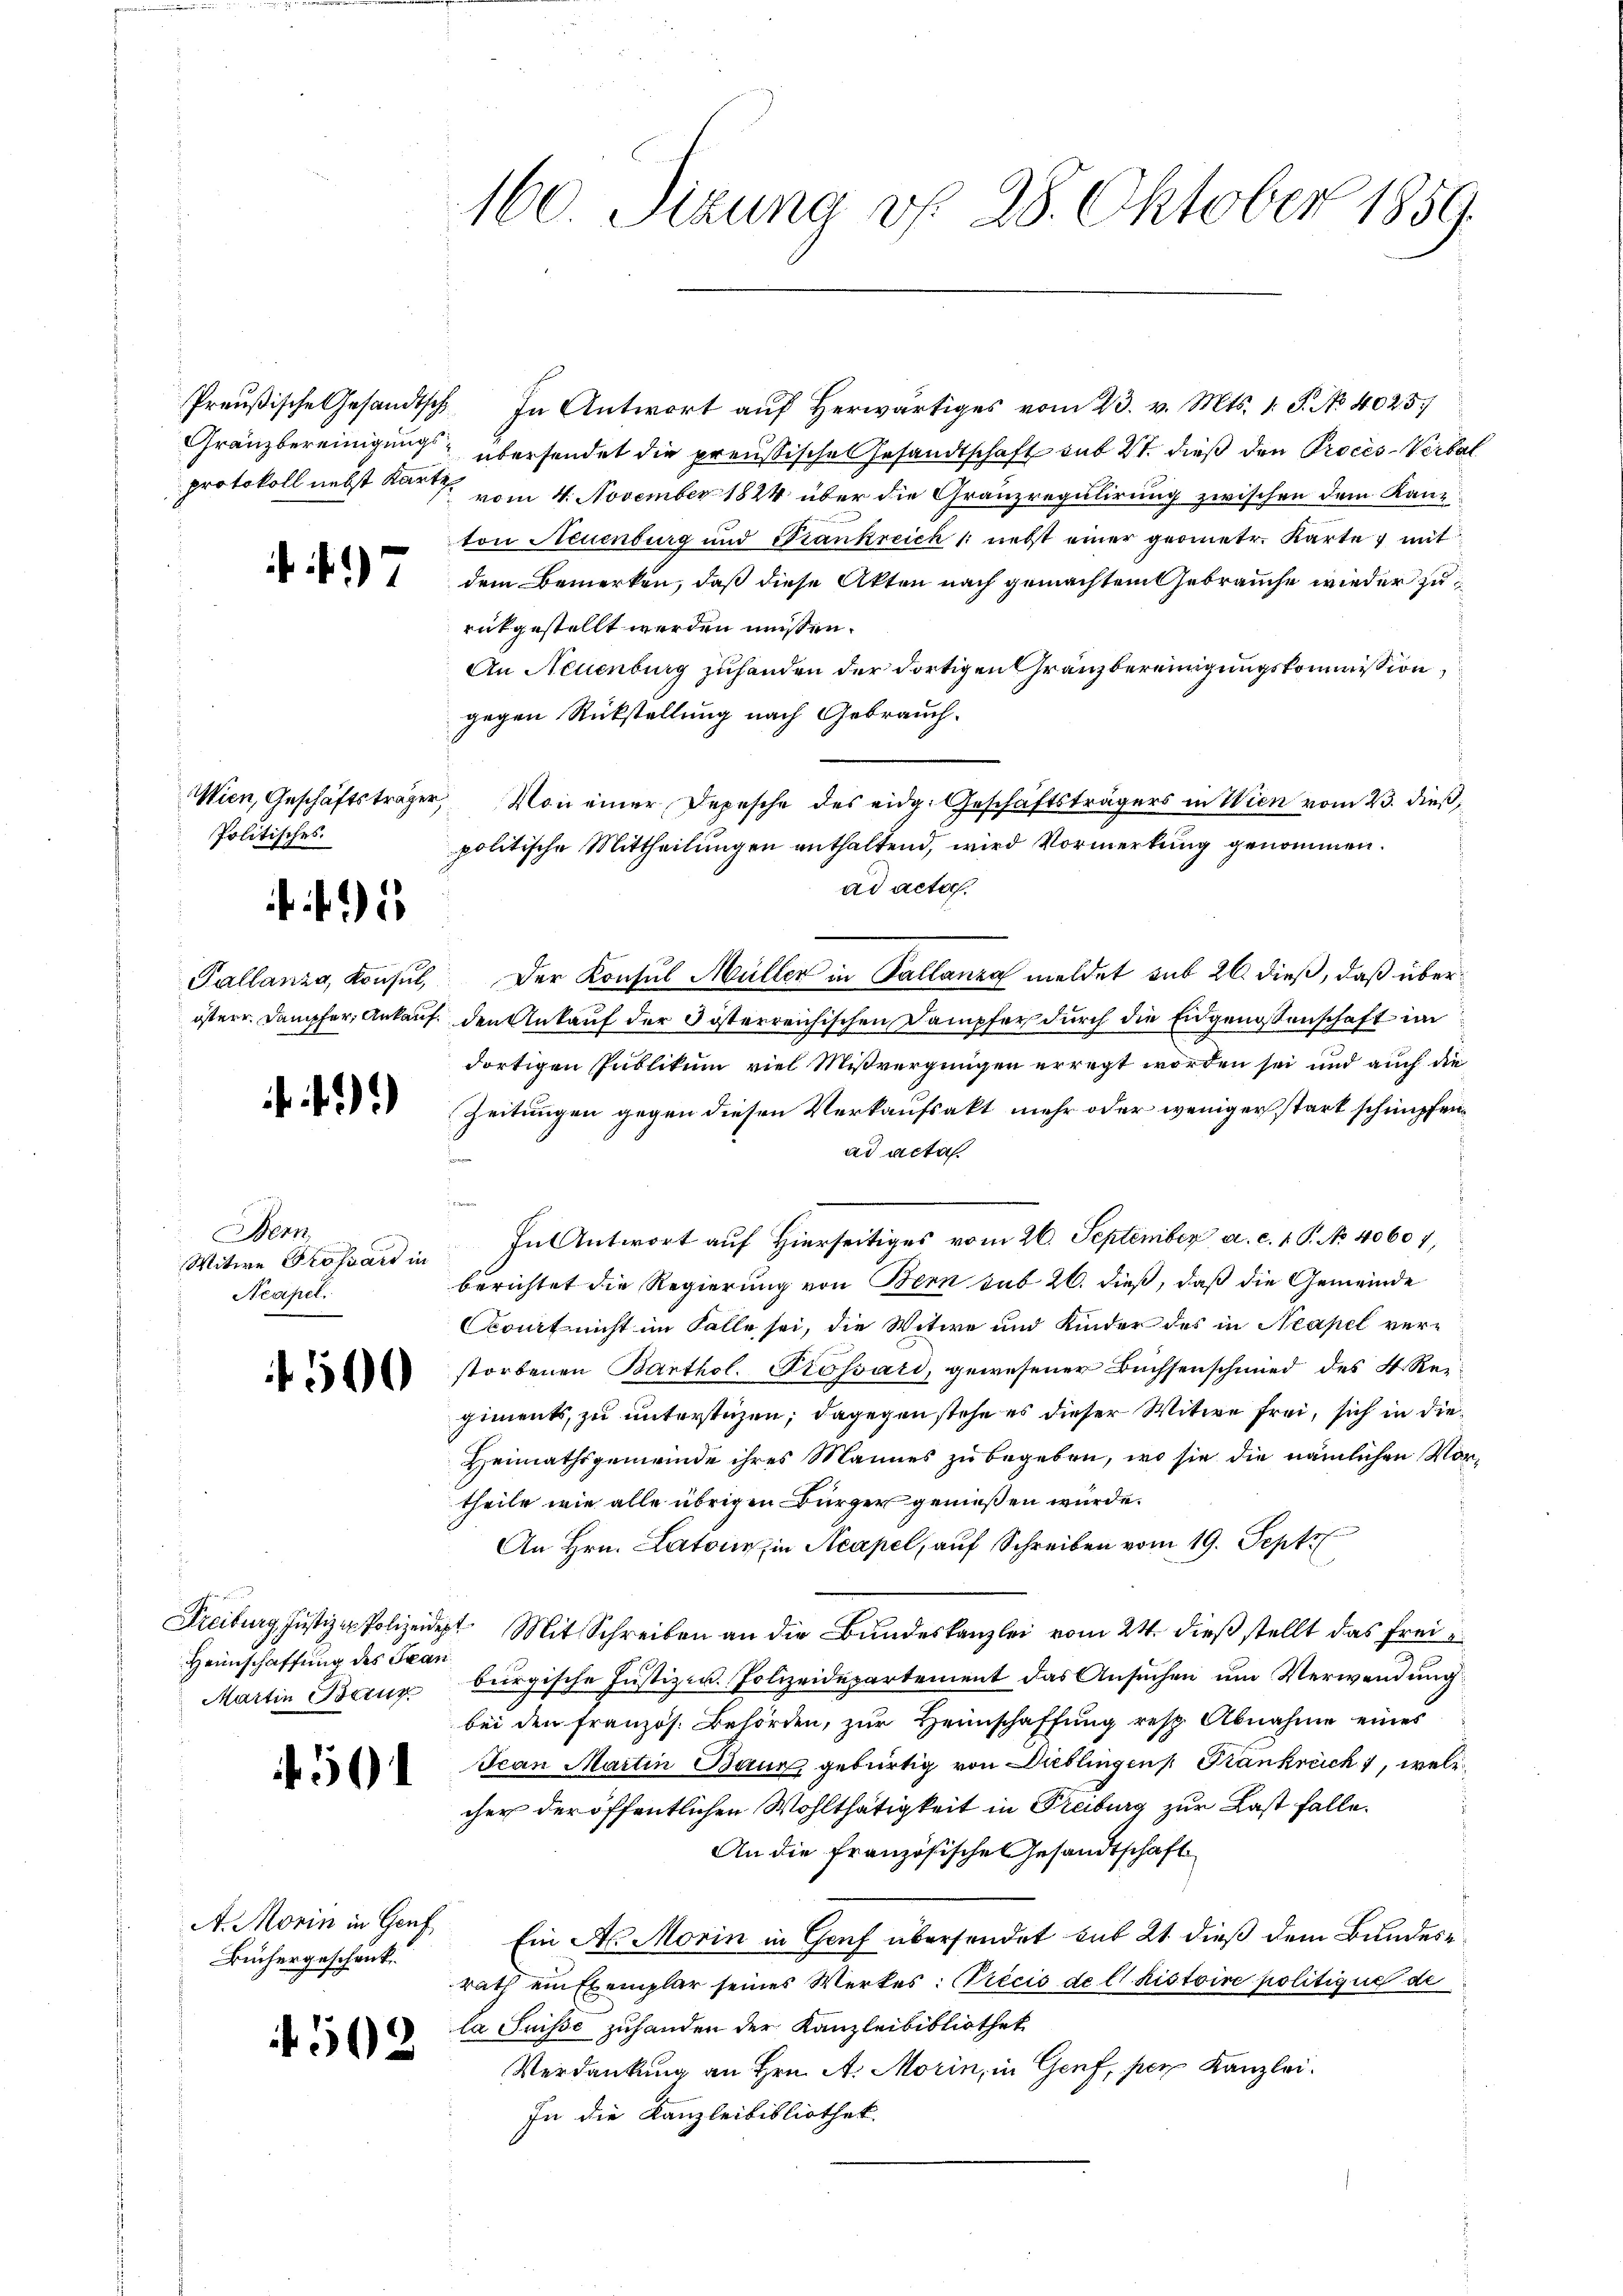
17

Politisches.

. . . .

f.)

Bern
Witwe Grossard in
Acapel.

1500

Heimschaffung des Jean
Martin Baur

5

Büchergeschenk

4502

160. Sizung d. 28. Oktober 1859.

Preußische Gesandtsch. In Antwort auf Herwärtiges vom 23. v. Mts. 1. P. No 4025.
Gränzbereinigung übersendet die preußische Gesandtschaft mit 21. dieß den Proces-Verbal
protokoll nebst Karte vom 4. November 1824 über die Grauzregulirung zwischen dem Kanzton Neuenburg und Trankreich /: nebst einer geometr. Karte mit
dem Bemerken, daß diese Akten nach gemachtem Gebrauche wieder zurückgestellt werden müssen.
An Neuenburg zuhanden der dortigen Gränzbereinigungskommission,
gegen Rückstellung nach Gebrauch.
Wien, Geschäftsträger, Von einer Depesche des eidg. Geschäftsträgers in Wien vom 23. dieß,
politische Mittheilungen enthaltend, wird Vormerkung genommen.
ad acta.
Pallanza, Konsul, Der Konsul Müller in Pallanza meldet sub 26. dieß, daß überösterr. Dampfer, Ankauf den Ankauf der Pösterreichischen Dampfer durch die Engenossenschaft im
dortigen Publikum viel Mißvergnügen erregt worden sei und auch die
Zeitungen gegen diesen Verkaufsakt mehr oder weniger stark schnüpfenad acta
In Antwort auf Hierseitiges vom 26. September a. c. 1 P. No. 40607,
berichtet die Regierung von Bern sub 26. dieß, daß die Gemeinde
Court nicht im Falle sei, die Witwe und Kinder des in Neapel ver-
storbenen Barthol. Grossari, gewesener Büchsenschmied des V. Regiments, zu unterstehen; dagegen stehe es dieser Witwe frei, sich in die¬
Heimathsgemeinde ihres Mannes zu begeben, wo sie die nämlichen Vortheile wie alle übrigen Bürger genießen würde.
An Hrn. Latoir, in Neapel, auf Schreiben vom 19. Sept
Freiburg, Justiz-Polizeidet. Mit Schreiben an die Bundeskanzlei vom 24. dieß stellt das freie
burgische Justiz u. Polizeidepartement das Ansuchen um Verwendung
bei den französ. Behörden, zur Heimschaffung resp. Abnahme eines
Jean Martin Baur, gebürtig von Dieblingen Frankreich 1, welc
cher der öffentlichen Wohlthätigkeit in Freiburg zur Last falle
An die französische Gesandtschaft
A. Morin in Genf, Ein A. Morin in Genf übersendet sub 21. dieß dem Bundesrath ein Exemplar seines Werkes: Précis de l. histoire politique de
la Suisse zuhanden der Kanzleibibliothek
Verdankung an Hrn. A. Morin, in Genf, per Kanzlei.
In die Kanzleibibliothek.